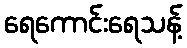
ရေကောင်းရေသန့်